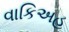
વાકિઅહ